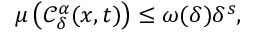
\mu \left( \mathcal { C } _ { \delta } ^ { \alpha } ( x , t ) \right) \leq \omega ( \delta ) \delta ^ { s } ,